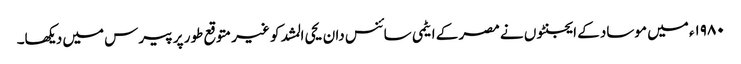
۱۹۸۰ء میں موساد کے ایجنٹوں نے مصر کے ایٹمی سائنس دان یحی المشد کو غیر متوقع طور پر پیرس میں دیکھا۔